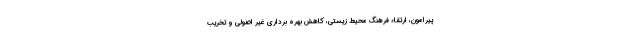
پیرامون، ارتقاء فرهنگ محیط زیستی، کاهش بهره برداری غیر اصولی و تخریب